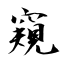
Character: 窺